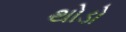
થોડો